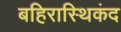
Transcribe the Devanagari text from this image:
बहिरास्थिकंद